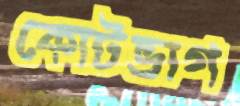
কোটভাগ